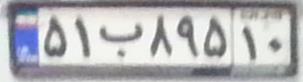
۵۱ب۸۹۵۱۰